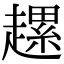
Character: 𧽲